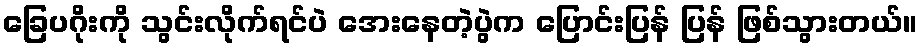
ခြေပဂိုးကို သွင်းလိုက်ရင်ပဲ အေးနေတဲ့ပွဲက ပြောင်းပြန် ပြန် ဖြစ်သွားတယ်။